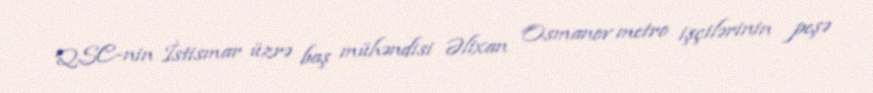
QSC-nin İstismar üzrə baş mühəndisi Əlixan Osmanov metro işçilərinin peşə